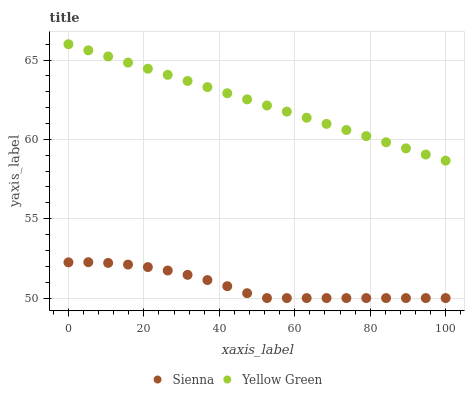
| xaxis_label | Sienna | Yellow Green |
 | --- | --- | --- |
 | 0 | 52.3 | 66 |
 | 5.26 | 52.3 | 65.6 |
 | 10.5 | 52.2 | 65.2 |
 | 15.8 | 52.1 | 64.8 |
 | 21.1 | 52 | 64.5 |
 | 26.3 | 51.7 | 64.1 |
 | 31.6 | 51.5 | 63.7 |
 | 36.8 | 51.1 | 63.3 |
 | 42.1 | 50.7 | 62.9 |
 | 47.4 | 50.3 | 62.5 |
 | 52.6 | 50 | 62.1 |
 | 57.9 | 50 | 61.8 |
 | 63.2 | 50 | 61.4 |
 | 68.4 | 50 | 61 |
 | 73.7 | 50 | 60.6 |
 | 78.9 | 50 | 60.2 |
 | 84.2 | 50 | 59.8 |
 | 89.5 | 50 | 59.4 |
 | 94.7 | 50 | 59 |
 | 100 | 50 | 58.7 |